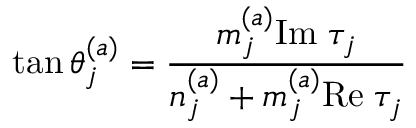
\tan \theta _ { j } ^ { ( a ) } = { \frac { m _ { j } ^ { ( a ) } \mathrm { I m } \; \tau _ { j } } { n _ { j } ^ { ( a ) } + m _ { j } ^ { ( a ) } \mathrm { R e } \; \tau _ { j } } }